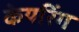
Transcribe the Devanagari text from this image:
केयरिंग